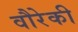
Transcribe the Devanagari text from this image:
वौरेकी